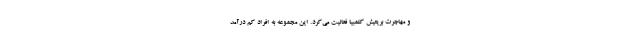
و مهاجرت بریتیش کلمبیا فعالیت می‌کرد. این مجموعه به افراد کم درآمد